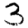
Digit: 3